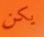
يكن